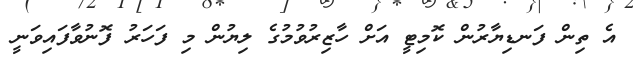
އެ ތިން ފަނޑިޔާރުން ކޮމިޓީ އަށް ހާޒިރުވުމުގެ ލިޔުން މި ފަހަރު ފޮނުވާފައިވަނީ